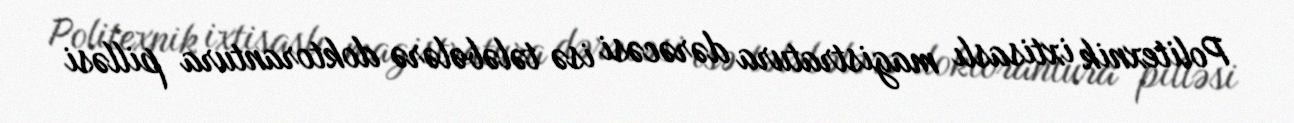
Politexnik ixtisaslı magistratura dərəcəsi isə tələbələrə doktorantura pilləsi